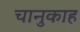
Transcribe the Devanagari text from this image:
चानुकाह